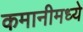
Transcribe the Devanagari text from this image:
कमानीमध्ये